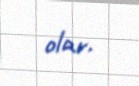
olar.